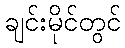
ချင်းမိုင်တွင်